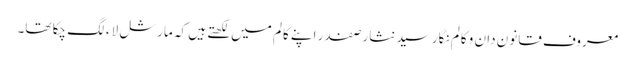
معروف قانون دان و کالم نگار سید نثار صفدر اپنے کالم میں لکھتے ہیں کہ مارشل لاء لگ چکا تھا۔